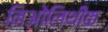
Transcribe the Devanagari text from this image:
निओलिथीक